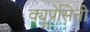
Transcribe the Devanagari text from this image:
क्यूप्रेसिनी